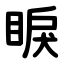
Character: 睙